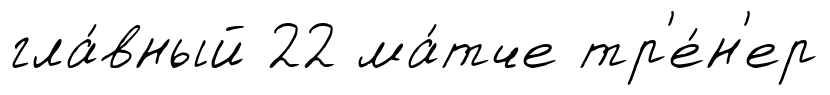
гла́вный 22 ма́тче тр'е́н'ер